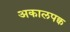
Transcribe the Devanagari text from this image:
अकालपक्व